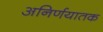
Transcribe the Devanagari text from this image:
अनिर्णयातक